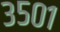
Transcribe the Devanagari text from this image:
३५०१